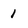
Character: 1